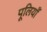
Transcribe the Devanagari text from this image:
पूलियाँ